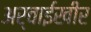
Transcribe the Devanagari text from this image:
अर्वाईखीर